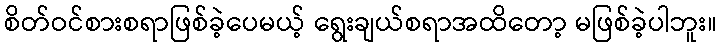
စိတ်ဝင်စားစရာဖြစ်ခဲ့ပေမယ့် ရွေးချယ်စရာအထိတော့ မဖြစ်ခဲ့ပါဘူး။